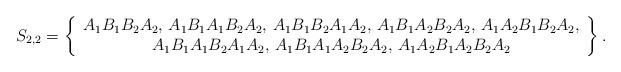
LaTeX: \begin{align*}S_{2,2}=\left\{ \begin{array}{c}A_{1}B_{1}B_{2}A_{2},\,A_{1}B_{1}A_{1}B_{2}A_{2},\,A_{1}B_{1}B_{2}A_{1}A_{2},\,A_{1}B_{1}A_{2}B_{2}A_{2},\,A_{1}A_{2}B_{1}B_{2}A_{2},\\A_{1}B_{1}A_{1}B_{2}A_{1}A_{2},\,A_{1}B_{1}A_{1}A_{2}B_{2}A_{2},\,A_{1}A_{2}B_{1}A_{2}B_{2}A_{2}\end{array}\right\} .\end{align*}